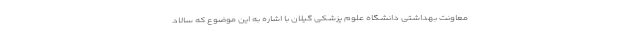
معاونت بهداشتی دانشگاه علوم پزشکی گیلان با اشاره به این موضوع که سالاد